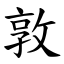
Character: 敦